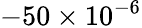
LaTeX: -50\times 10^{-6}